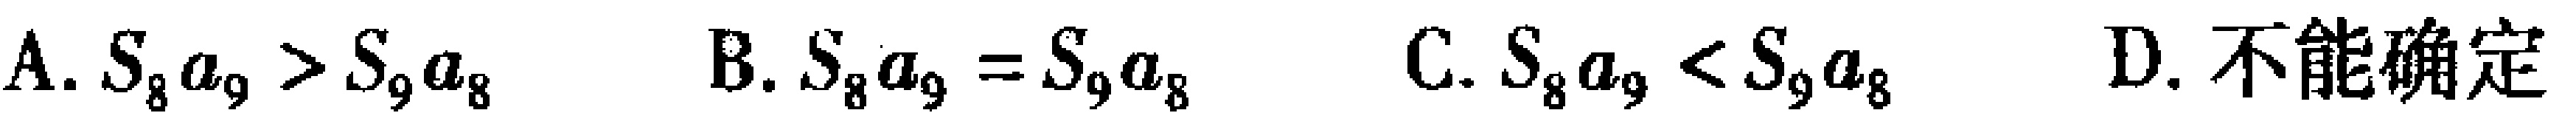
A. \(S_{8}a_{9}>S_{9}a_{8}\)  B. \(S_{8}a_{9}=S_{9}a_{8}\)  C. \(S_{8}a_{9}<S_{9}a_{8}\)  D. 不能确定